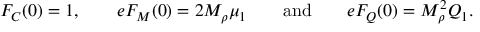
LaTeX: F _ { C } ( 0 ) = 1 , \quad \quad e F _ { M } ( 0 ) = 2 M _ { \rho } \mu _ { 1 } \quad \quad \mathrm { a n d } \quad \quad e F _ { Q } ( 0 ) = M _ { \rho } ^ { 2 } Q _ { 1 } .